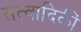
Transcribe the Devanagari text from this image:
सत्वादिकीं